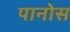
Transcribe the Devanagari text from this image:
पानोस